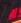
al